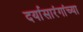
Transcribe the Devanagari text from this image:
दर्यासारंगांच्या